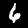
Digit: 6